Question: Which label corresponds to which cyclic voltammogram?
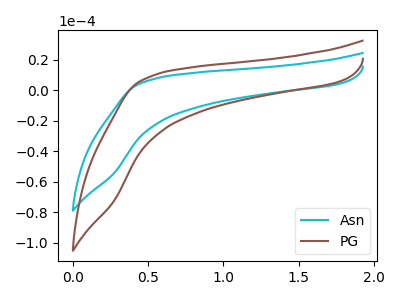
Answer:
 <answer>The cyan curve is labeled "Asn". The brown curve is labeled "PG".</answer>
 <eval></eval>